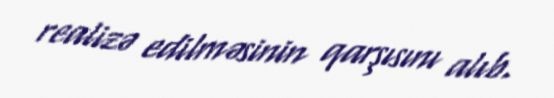
realizə edilməsinin qarşısını alıb.